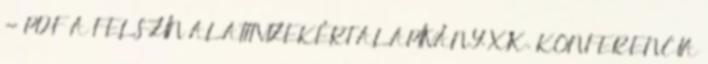
- PDF A FELSZÍN ALATTI VIZEKÉRT ALAPÍTVÁNY. XIX. KONFERENCIA